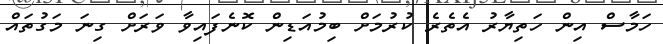
ހަމާސް އިން ހަތިޔާރު އެތެރެ ކުރުމަށް ބިމުއަޑިން ކޮނެފައިވާ ވަރަށް ގިނަ މަގުތައް